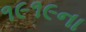
૧૯૧૯ના